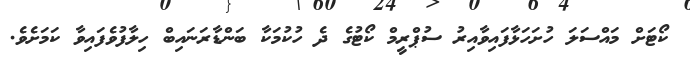
ކޯޓަށް މައްސަލަ ހުށަހަޅާފައިވާއިރު ސުޕްރީމް ކޯޓުގެ ދެ ހުކުމަކާ ބަންޑާރަނައިބް ހިލާފުވެފައިވާ ކަމަށެވެ.